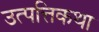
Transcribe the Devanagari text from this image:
उत्पत्तिकथा